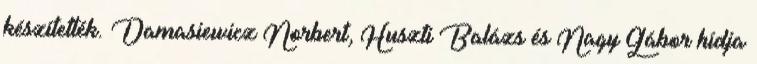
készítették. Damasiewicz Norbert, Huszti Balázs és Nagy Gábor hídja